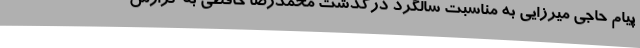
پیام حاجی میرزایی به مناسبت سالگرد درگذشت محمدرضا حافظی به گزارش